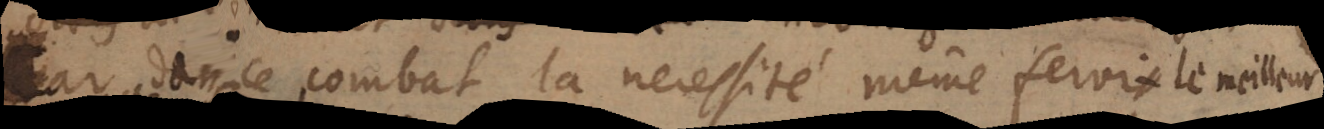
car dans ce combat la necessité même feroit le meilleur